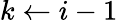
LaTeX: k\gets i-1